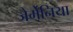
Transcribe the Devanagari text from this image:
जेर्मेनिया